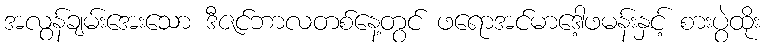
အလွန်ချမ်းအေးသော ဒီဇင်ဘာလတစ်နေ့တွင် ဖရောအင်မာဒေါ့ဖမန်းနှင့် စားပွဲထိုး